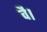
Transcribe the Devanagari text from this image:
वै।